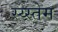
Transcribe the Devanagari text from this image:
स्य्स्तेम